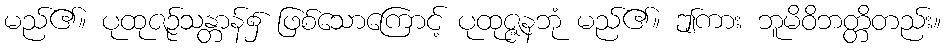
မည်၏။ ပုထုဇဉ်သန္တာန်၌ ဖြစ်သောကြောင့် ပုထုဇ္ဇနဘုံ မည်၏။ ဤကား ဘူမိဝိဘတ္တိတည်း။